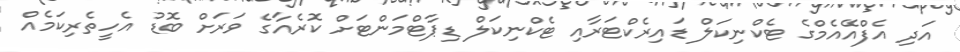
އަދި އެފްއޭއެމްގެ ޓެކްނިކަލް ޑައިރެކްޓަރާއި ޓެކްނިކަލް ޑިޕާޓްމަންޓަށް ކޮރެއާގެ ވަރަށް ބޮޑު އެހީތެރިކަމެއް